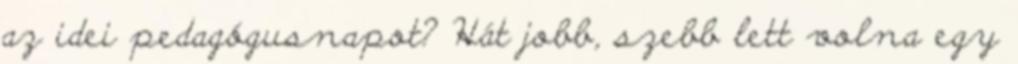
az idei pedagógusnapot? Hát jobb, szebb lett volna egy